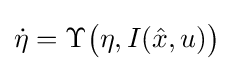
{\dot {\eta }}=\Upsilon {\bigl (}\eta ,I({\hat {x}},u){\bigr )}